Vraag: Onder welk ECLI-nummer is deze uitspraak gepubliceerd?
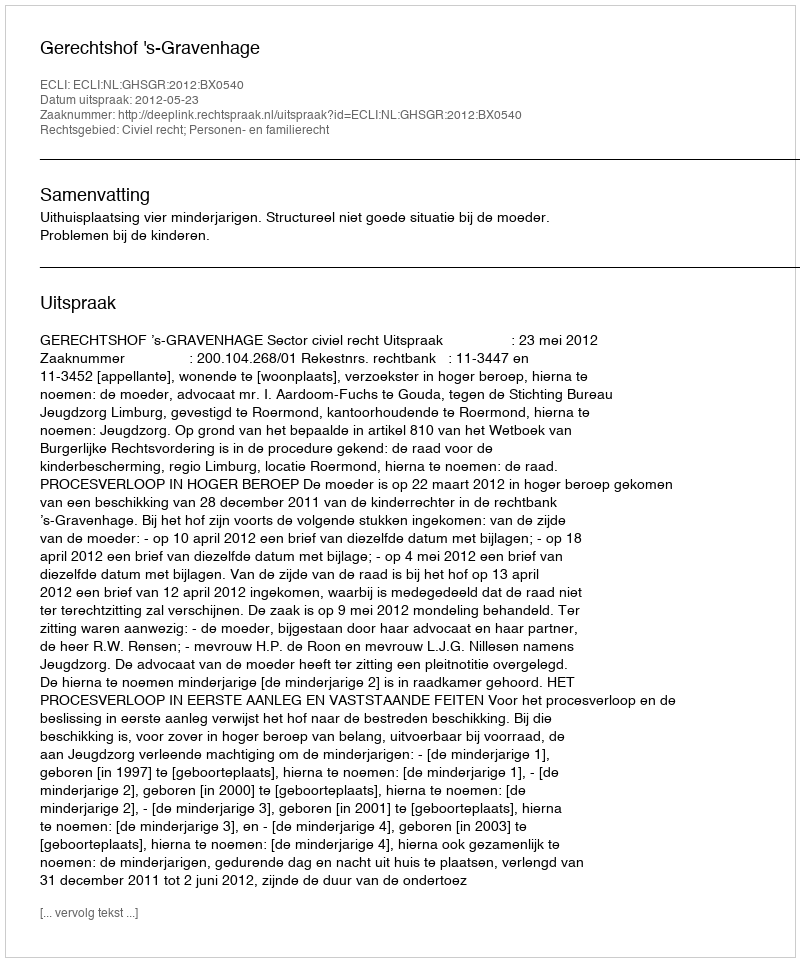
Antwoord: ECLI:NL:GHSGR:2012:BX0540